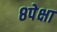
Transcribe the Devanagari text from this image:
८पेक्षा